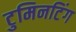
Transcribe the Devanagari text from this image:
टुमिनटिंग